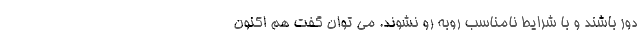
دور باشند و با شرایط نامناسب روبه رو نشوند. می توان گفت هم اکنون